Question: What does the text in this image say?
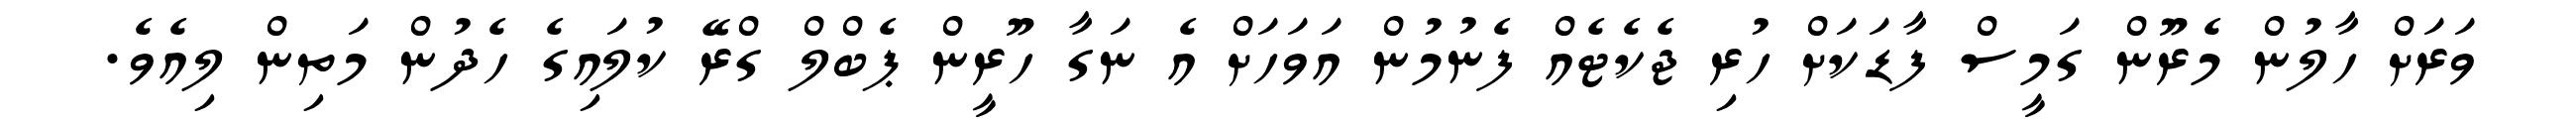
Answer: ވަރަށް ހާލުން މެރޫން ގަމީސް ފާޑަކަށް ހުރި ޖެކެޓެއް ފެނުމުން އަވަހަށް އެ ނަގާ ހޫރީން ޕެބްލް ގްރޭ ކުލައިގެ ހެދުން މަތިން ލިއެވެ.